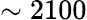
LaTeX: \sim 2100